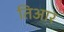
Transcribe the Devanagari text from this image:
तिआर